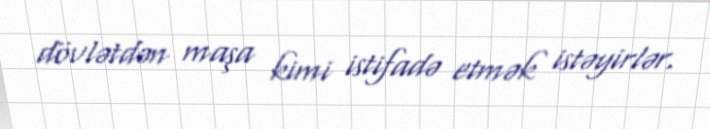
dövlətdən maşa kimi istifadə etmək istəyirlər.